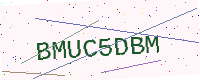
Text: BMUC5DBM